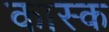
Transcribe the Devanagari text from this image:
कास्क